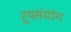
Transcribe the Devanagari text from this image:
रूपसंयोग